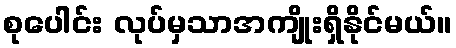
စုပေါင်း လုပ်မှသာအကျိုးရှိနိုင်မယ်။